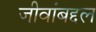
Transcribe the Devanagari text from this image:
जीवांबद्दल